Annual administration report of the Civil Veterinary Department of India - 1898-1899
Year: 1898
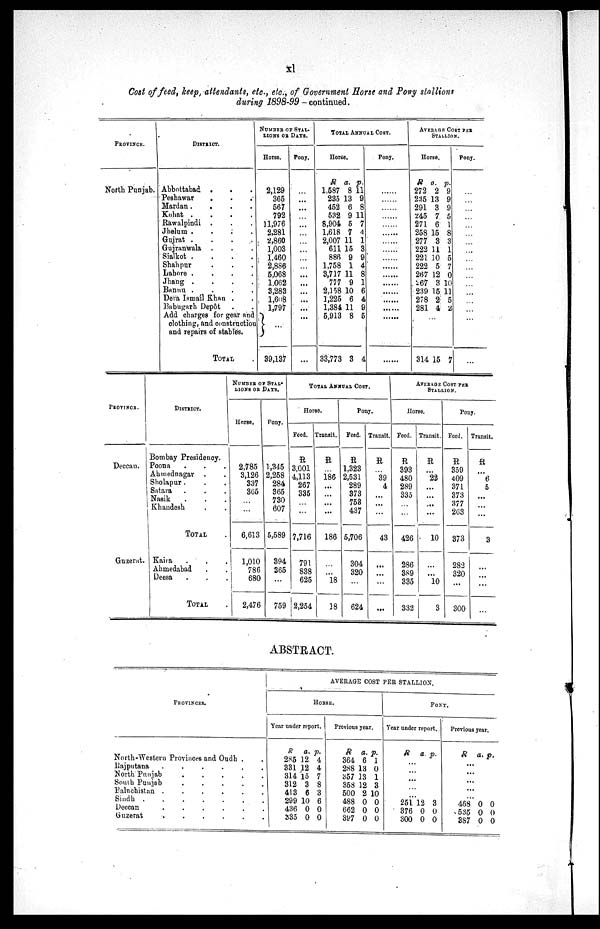
xl
Cost of feed, keep, attendants, etc., etc., of Government Horse and Pony stallions
during
1898-99-continued.
PROVINCE.
North Punjab.
DISTRICT.
Abbottabad . . .
Peshawar . . .
Mardan .
.
.
.
Kohat .
.
.
.
Rawalpindi . . .
Jhelum .
.
.
.
Guirat .
.
.
.
Gujranwala . . .
Sialkot .
.
.
.
Shahpur . . .
Lahore .
.
.
.
Jhang .
.
.
.
Bannu .
.
.
.
Dera Ismail Khan . .
Babugarh Depôt . .
Add charges for gear and
clothing, and construction
and repairs of stables.
TOTAL .
NUMBER OF STAL-
LIONS OR DAYS.
Horse.
2,129
365
567
792
11,976
2,281
2,860
1,003
1,460
2,886
5,068
1,062
3,283
1,608
1,797
} ...
39,137
Pony.
...
...
...
...
...
...
...
...
...
...
...
...
...
...
...
...
...
TOTAL ANNUAL COST.
Horse.
R
1,587
235
452
532
8,904
1,618
2,007
611
886
1,758
3,717
777
2,158
1,225
1,384
5,913
33,773
a.
8
13
6
9
5
7
11
15
9
1
11
9
10
6
11
8
3
p.
11
9
8
11
7
4
1
3
9
4
8
1
6
4
9
5
4
Pony.
.....
.....
.....
.....
.....
.....
.....
.....
.....
.....
.....
.....
.....
.....
.....
.....
.....
AVERAGE COST PER
STALLION.
Horse.
R
272
235
291
245
271
258
277
222
221
222
267
267
239
278
281
a.
2
13
3
7
6
15
3
11
10
5
12
3
15
2
4
p.
9
9
9
5
1
8
3
1
5
7
0
10
11
5
2
...
314 15 7
Pony.
...
...
...
...
...
...
...
...
...
...
...
...
...
...
...
...
...
PROVINCE.
Deccan.
Guzerat.
DISTRICT.
Bombay Presidency.
Poona . . .
Ahmednagar . .
Sholapur . . .
Satara . . .
Nasik . . .
Khandesh . .
TOTAL .
Kaira . . .
Ahmedabad . . .
Deesa . . . .
TOTAL .
NUMBER OF STAL¬
LIONS OF DAYS.
Horse.
2,785
3,126
337
365
...
...
6,613
1,010
786
680
2,476
Pony.
1,345
2,258
284
365
730
607
5,589
394
365
...
759
TOTAL ANNUAL COST.
Horse.
Feed.
R
3,001
4,113
267
335
...
...
7,716
791
838
625
2,254
Transit.
R
...
186
...
...
...
...
186
...
...
18
18
Pony.
Feed.
R
1,323
2,531
289
373
753
437
5,706
304
320
...
624
Transit.
R
...
39
4
...
...
...
43
...
...
...
...
AVERAGE COST PER
STALLION.
Horse.
Feed.
R
393
480
289
335
...
...
426
286
389
335
332
Transit.
R
...
22
...
...
...
...
10
...
...
10
3
Pony.
Feed.
R
359
409
371
373
377
263
373
282
320
...
300
Transit.
R
...
6
5
...
...
...
3
...
...
...
...
ABSTRACT.
PROVONCES.
North-Western Provinces and Oudh
Rajputana . . . . . .
North Punjab . . . . .
South Punjab . . . . .
Baluchistan . . . . . .
Sindh . . . . . . .
Deccan . . . . . .
Guzerat
. . . . . .
AVERAGE COST PER STALLION
.
HORSE.
Year under report.
R
285
331
314
312
413
299
436
335
a.
12
12
15
3
6
10
0
0
p.
4
4
7
8
3
6
0
0
Previous
year.
R
364
288
357
358
500
488
662
397
a.
6
13
13
12
2
0
0
0
p.
1
0
1
3
10
0
0
0
PONY.
Year under report.
R a. p.
...
...
...
...
...
251
376
300
12
0
0
3
0
0
Previous year.
R a. p.
...
...
...
...
...
468
535
387
0
0
0
0
0
0